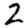
Digit: 2